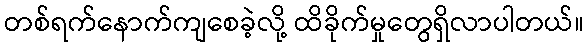
တစ်ရက်နောက်ကျစေခဲ့လို့ ထိခိုက်မှုတွေရှိလာပါတယ်။